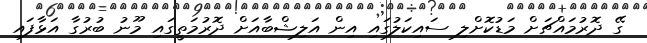
ގޭ ދޮރުމައްޗަށް މަޑުކޮށްލި ސައިކަލުގައި އިން އަލިޝްބާއަށް ދޮރުމަތީގައި މޫނު ބުރުގާ އަޅާފައި